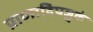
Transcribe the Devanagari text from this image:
प्राणादिपञ्चकं